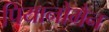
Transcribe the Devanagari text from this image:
पियानोमैन